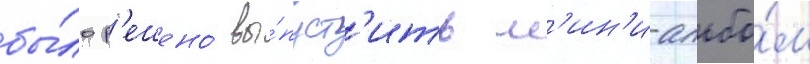
бы́ло р'ешено́ вы́пуст'ить м'ин'и-альбо́м